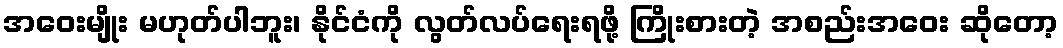
အဝေးမျိုး မဟုတ်ပါဘူး၊ နိုင်ငံကို လွတ်လပ်ရေးရဖို့ ကြိုးစားတဲ့ အစည်းအဝေး ဆိုတော့